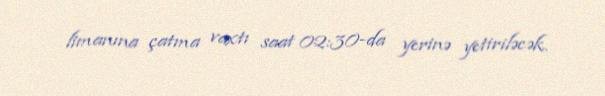
limanına çatma vaxtı saat 02:30-da yerinə yetiriləcək.